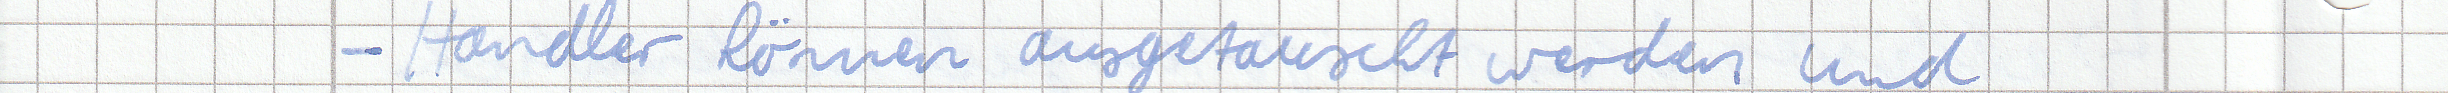
- Handler können ausgetauscht werden und